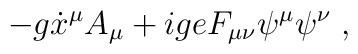
-g\dot{x}^{\mu}A_{\mu} + igeF_{\mu\nu}\psi^{\mu}\psi^{\nu}\;,